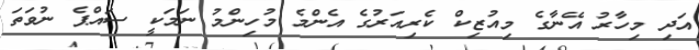
އަދި މިހާރު އޭނާގެ މިއުޒިކް ކެރިއަރުގެ އެންމެ މުހިންމު ނަމަކީ ސައްޕެ ނުވަތަ